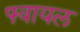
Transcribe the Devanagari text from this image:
फ्वायल